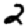
Digit: 2